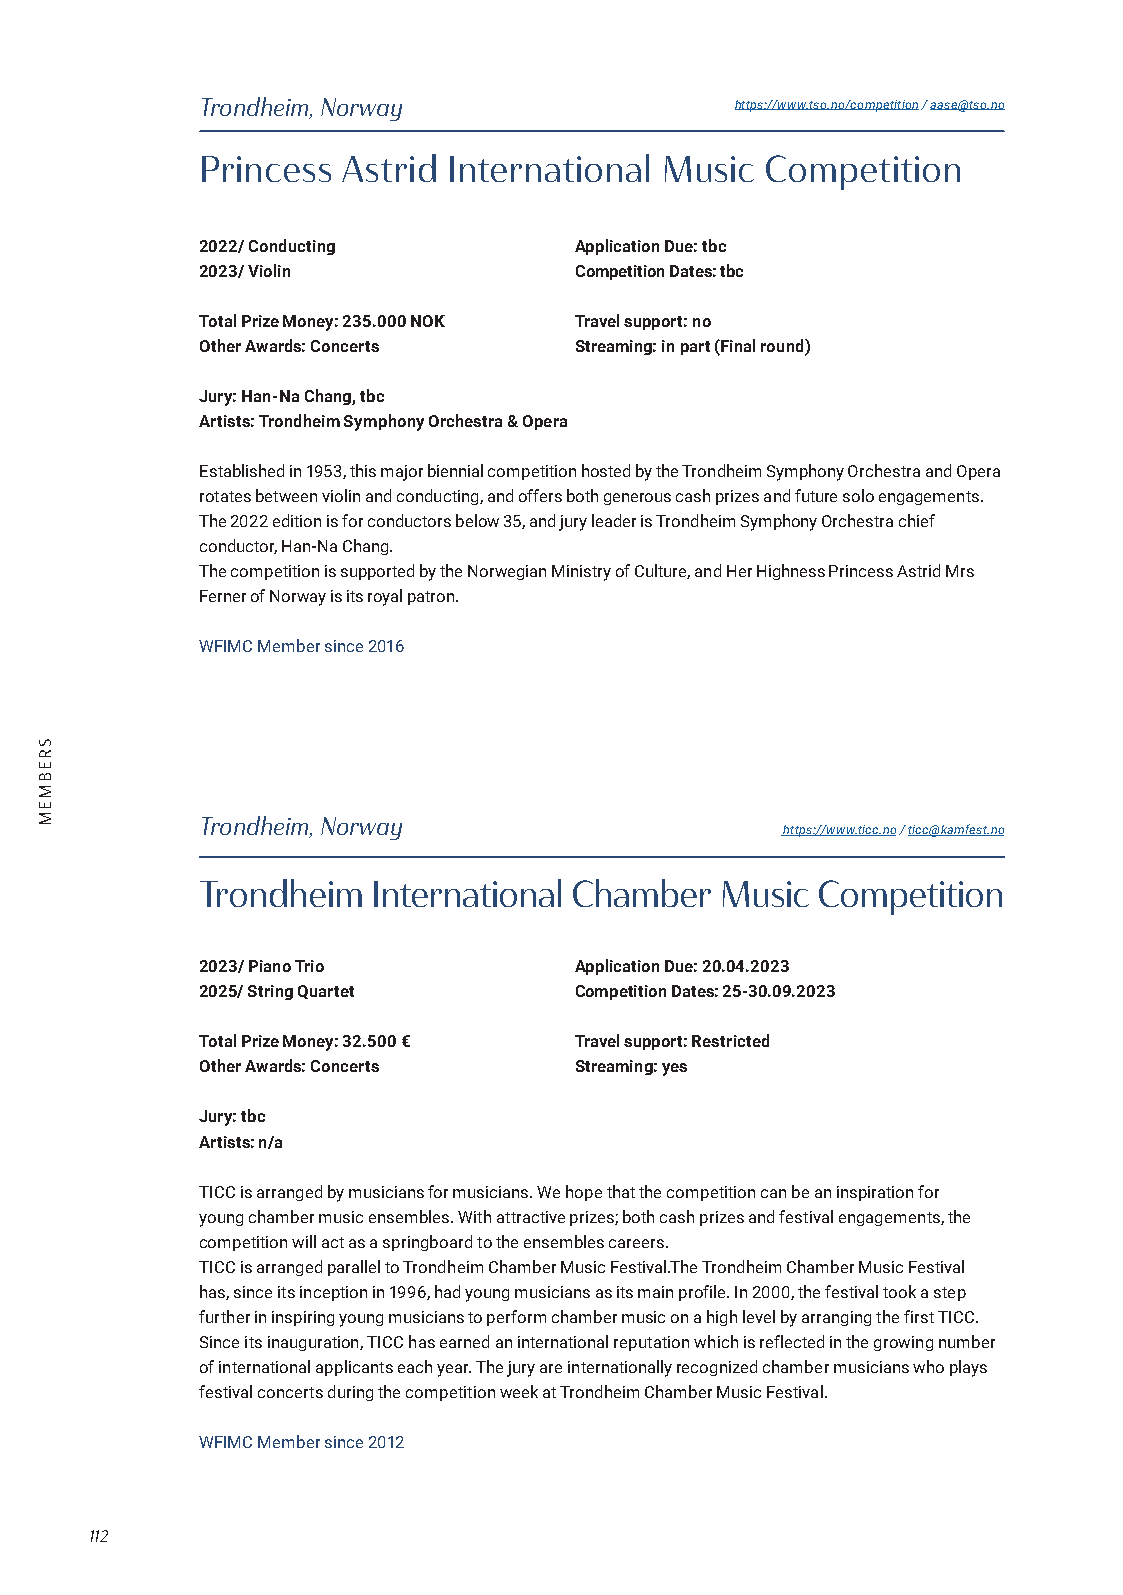
Trondheim, Norway                   https://www.tso.no/competition / aase@tso.no
 Princess  Astrid International Music  Competition
 2022/ Conducting         Application Due: tbc
 2023/ Violin             Competition Dates: tbc
 Total Prize Money: 235.000 NOK Travel support: no
 Other Awards: Concerts   Streaming: in part (Final round)
 Jury: Han-Na Chang, tbc
 Artists: Trondheim Symphony Orchestra & Opera
 Established in 1953, this major biennial competition hosted by the Trondheim Symphony Orchestra and Opera
 rotates between violin and conducting, and offers both generous cash prizes and future solo engagements.
 The 2022 edition is for conductors below 35, and jury leader is Trondheim Symphony Orchestra chief
 conductor, Han-Na Chang.
 The competition is supported by the Norwegian Ministry of Culture, and Her Highness Princess Astrid Mrs
 Ferner of Norway is its royal patron.
 WFIMC Member since 2016
 Trondheim, Norway
 https://www.ticc.no / ticc@kamfest.no
 Trondheim   International Chamber  Music Competition
 2023/ Piano Trio         Application Due: 20.04.2023
 2025/ String Quartet     Competition Dates: 25-30.09.2023
 Total Prize Money: 32.500 € Travel support: Restricted
 Other Awards: Concerts   Streaming: yes
 Jury: tbc
 Artists: n/a
 TICC is arranged by musicians for musicians. We hope that the competition can be an inspiration for
 young chamber music ensembles. With attractive prizes; both cash prizes and festival engagements, the
 competition will act as a springboard to the ensembles careers.
 TICC is arranged parallel to Trondheim Chamber Music Festival.The Trondheim Chamber Music Festival
 has, since its inception in 1996, had young musicians as its main profile. In 2000, the festival took a step
 further in inspiring young musicians to perform chamber music on a high level by arranging the first TICC.
 Since its inauguration, TICC has earned an international reputation which is reflected in the growing number
 of international applicants each year. The jury are internationally recognized chamber musicians who plays
 festival concerts during the competition week at Trondheim Chamber Music Festival.
 WFIMC Member since 2012
 112
 SREBMEM